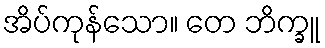
အိပ်ကုန်သော။ တေ ဘိက္ခူ